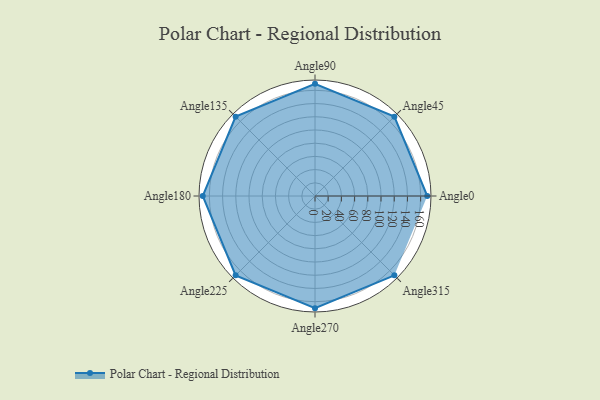
{"axis": {"x": "Angle", "y": "Radius"}, "legend": [""], "data": [{"x": "Angle0", "y": 170.0, "type": ""}, {"x": "Angle45", "y": 170, "type": ""}, {"x": "Angle90", "y": 170.0, "type": ""}, {"x": "Angle135", "y": 170.0, "type": ""}, {"x": "Angle180", "y": 170, "type": ""}, {"x": "Angle225", "y": 170, "type": ""}, {"x": "Angle270", "y": 170, "type": ""}, {"x": "Angle315", "y": 170, "type": ""}]}